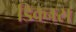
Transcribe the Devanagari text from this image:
डिक्नस